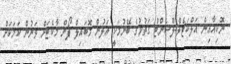
ނޮކިއާއިން އަލްކަޓެލް-ލޫސެންޓް ގަތުމުގެ ބޭނުމަކީ އަލުން މޮބައިލް ފޯން މާކެޓަށް ވަނުން ކަމަކަށް